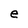
Character: e